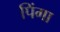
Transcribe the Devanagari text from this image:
पिंगा